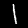
Label: 1